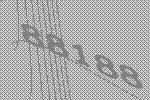
88188